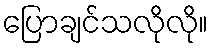
ပြောချင်သလိုလို။